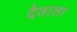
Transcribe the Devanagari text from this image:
देताता